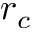
r _ { c }